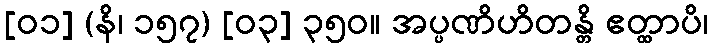
[၀၁] (နိ၊ ၁၅၇) [၀၃] ၃၅၀။ အပ္ပဏိဟိတန္တိ ဧတ္ထာပိ၊